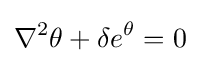
\nabla ^{2}\theta +\delta e^{\theta }=0